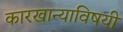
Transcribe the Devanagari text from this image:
कारखान्याविषयी